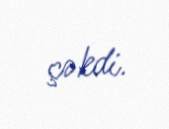
çəkdi.